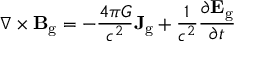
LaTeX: \nabla \times \mathbf { B } _ { \mathrm { g } } = - { \frac { 4 \pi G } { c ^ { 2 } } } \mathbf { J } _ { \mathrm { g } } + { \frac { 1 } { c ^ { 2 } } } { \frac { \partial \mathbf { E } _ { \mathrm { g } } } { \partial t } }